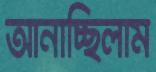
আনাচ্ছিলাম